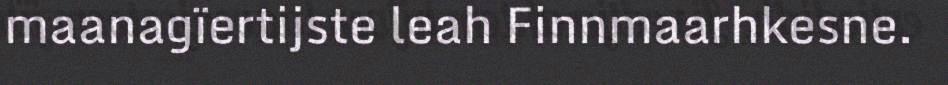
maanagïertijste leah Finnmaarhkesne.